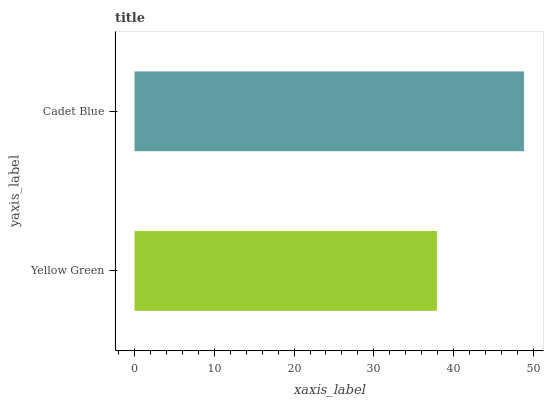
| yaxis_label | bars |
 | --- | --- |
 | Yellow Green | 37.9 |
 | Cadet Blue | 48.8 |